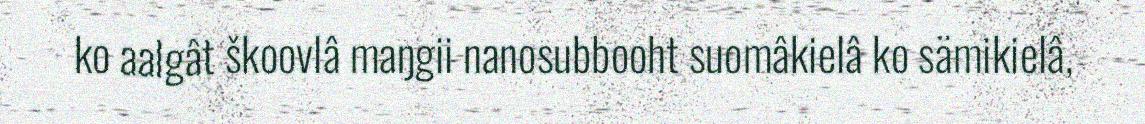
ko aalgât škoovlâ maŋgii nanosubbooht suomâkielâ ko sämikielâ,